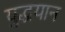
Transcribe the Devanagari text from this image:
युद्धयान